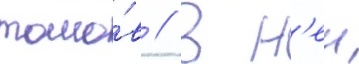
томо́в // В н'еи